Black-water fever - Number 35
Disease focus: Fever
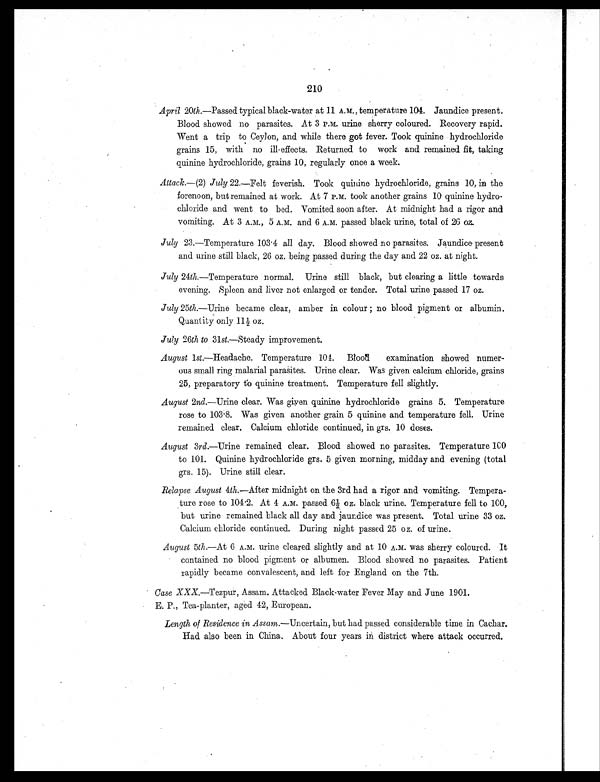
210
April 20th.—Passed typical black-water at 11 A.M., temperature 104. Jaundice present.
Blood showed no parasites. At 3 P.M. urine sherry coloured. Recovery rapid.
Went a trip to Ceylon, and while there got fever. Took quinine hydrochloride
grains 15, with no ill-effects. Returned to work and remained fit, taking
quinine hydrochloride, grains 10, regularly once a week.
Attack.—(2) July 22.—Felt feverish. Took quinine hydrochloride, grains 10, in the
forenoon, but remained at work. At 7 P.M. took another grains 10 quinine hydro-
chloride and went to bed. Vomited soon after. At midnight had a rigor and
vomiting. At 3 A.M., 5 A.M. and 6 A.M. passed black urine, total of 26 oz.
July 23.—Temperature 103.4 all day. Blood showed no parasites. Jaundice present
and urine still black, 26 oz. being passed during the day and 22 oz. at night.
July 24th. —Temperature normal. Urine still black, but clearing a little towards
evening. Spleen and liver not enlarged or tender. Total urine passed 17 oz.
July 25th.—Urine became clear, amber in colour ; no blood pigment or albumin.
Quantity only 11½ oz.
July 26th to 31st.— Steady improvement.
August 1 s t .
—Headache. Temperature 104. Blood examination showed numer-
ous small ring malarial parasites. Urine clear. Was given calcium chloride, grains
25, preparatory to quinine treatment. Temperature fell slightly.
August 2nd.—Urine clear. Was given quinine hydrochloride grains 5. Temperature
r o s e t o 1 0 3 . 8 . W a s g i v e n a n o t h e r g r a i n 5 q u i n i n e a n d t e m p e r a t u r e f e l l . U r i n e
remained clear. Calcium chloride continued, in grs. 10 doses.
August 3rd.—Urine remained clear. Blood showed no parasites. Temperature 100
to 101. Quinine hydrochloride grs. 5 given morning, midday and evening (total
grs. 15). Urine still clear.
Relapse August 4th.—After midnight on the 3rd had a rigor and vomiting. Tempera-
ture rose to 104.2. At 4 A.M. passed 6½ oz. black urine. Temperature fell to 100,
but urine remained black all day and jaundice was present. Total urine 33 oz.
Calcium chloride continued. During night passed 25 oz. of urine.
August 5th.—At 6 A.M. urine cleared slightly and at 10 A.M. was sherry coloured. It
contained no blood pigment or albumen. Blood showed no parasites. Patient
rapidly became convalescent, and left for England on the 7th.
• Case XXX. —Tezpur, Assam. Attacked Black-water Fever May and June 1901.
•
E. P., Tea-planter, aged 42, European.
Length of Residence in Assam. —Uncertain, but had passed considerable time in Cachar.
Had also been in China. About four years in district where attack occurred.